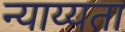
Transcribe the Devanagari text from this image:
न्याय्यता